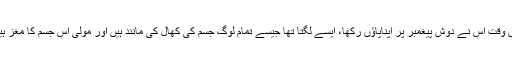
جس وقت اُس نے دوشِ پیغمبر پر اپناپاؤں رکھا، ایسے لگتا تھا جیسے تمام لوگ جسم کی کھال کی مانند ہیں اور مولیٰ اُس جسم کا مغز ہیں“۔